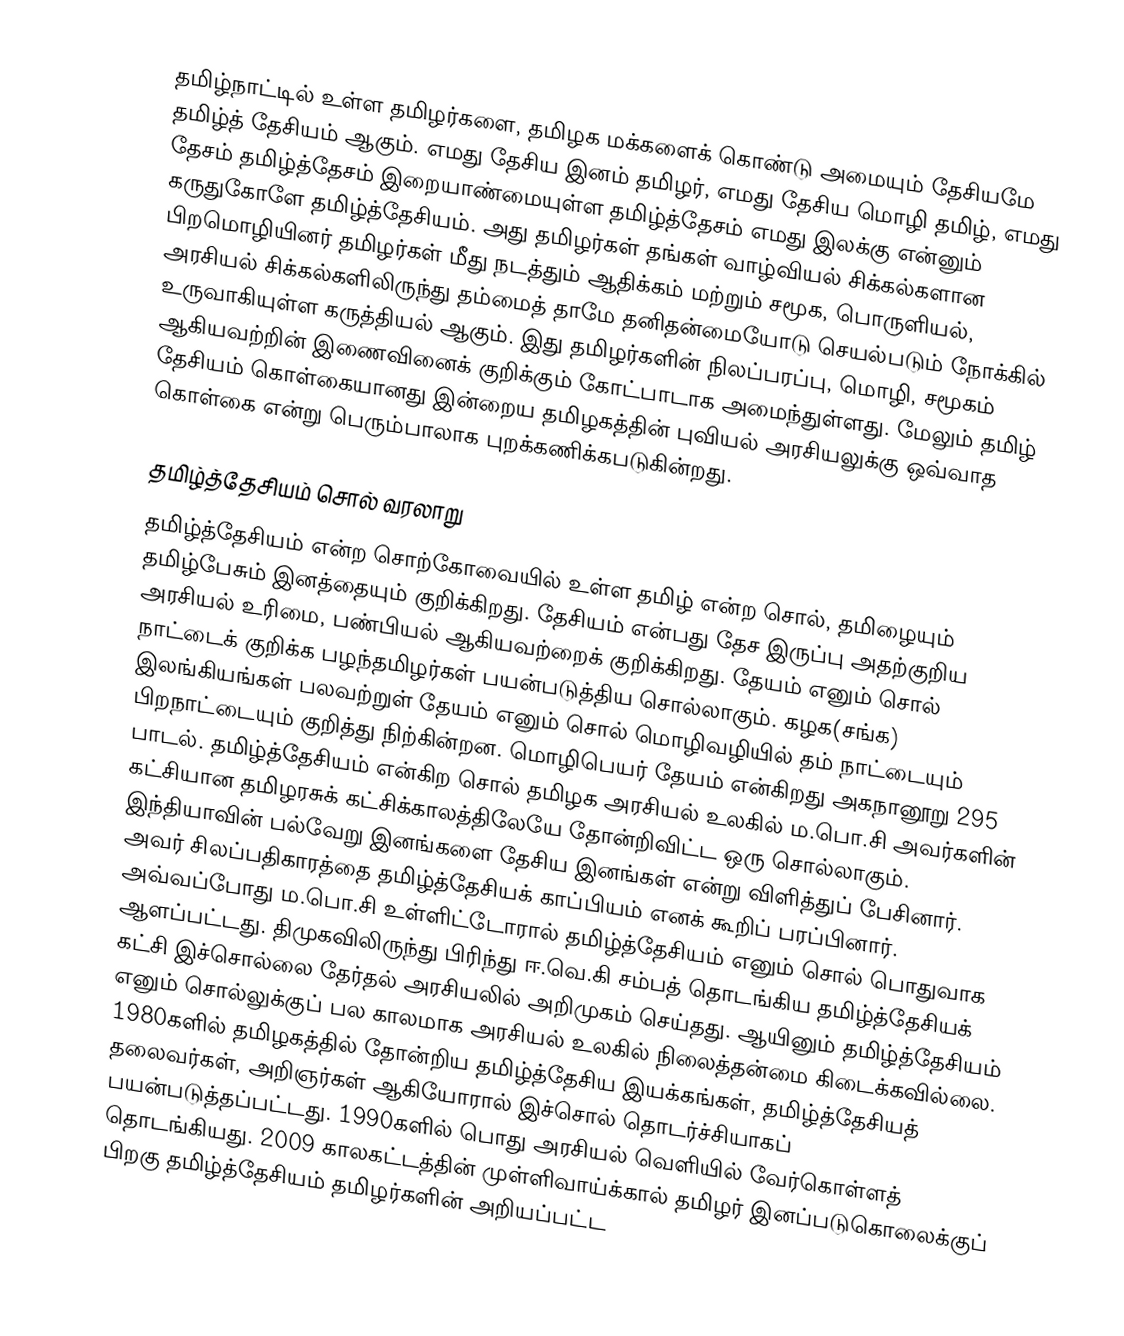
தமிழ்நாட்டில் உள்ள தமிழர்களை, தமிழக மக்களைக் கொண்டு அமையும் தேசியமே தமிழ்த் தேசியம் ஆகும்.  எமது தேசிய இனம் தமிழர், எமது தேசிய மொழி தமிழ், எமது தேசம் தமிழ்த்தேசம் இறையாண்மையுள்ள தமிழ்த்தேசம் எமது இலக்கு என்னும் கருதுகோளே தமிழ்த்தேசியம். அது தமிழர்கள் தங்கள் வாழ்வியல் சிக்கல்களான பிறமொழியினர் தமிழர்கள் மீது நடத்தும் ஆதிக்கம் மற்றும் சமூக, பொருளியல், அரசியல் சிக்கல்களிலிருந்து தம்மைத் தாமே தனிதன்மையோடு செயல்படும் நோக்கில் உருவாகியுள்ள கருத்தியல் ஆகும். இது தமிழர்களின் நிலப்பரப்பு, மொழி, சமூகம் ஆகியவற்றின் இணைவினைக் குறிக்கும் கோட்பாடாக அமைந்துள்ளது. மேலும் தமிழ் தேசியம் கொள்கையானது இன்றைய தமிழகத்தின் புவியல் அரசியலுக்கு ஒவ்வாத கொள்கை என்று பெரும்பாலாக புறக்கணிக்கபடுகின்றது.

தமிழ்த்தேசியம் சொல் வரலாறு
தமிழ்த்தேசியம் என்ற சொற்கோவையில் உள்ள தமிழ் என்ற சொல், தமிழையும் தமிழ்பேசும் இனத்தையும் குறிக்கிறது. தேசியம் என்பது தேச இருப்பு அதற்குறிய அரசியல் உரிமை, பண்பியல் ஆகியவற்றைக் குறிக்கிறது.  தேயம் எனும் சொல் நாட்டைக் குறிக்க பழந்தமிழர்கள் பயன்படுத்திய சொல்லாகும். கழக(சங்க) இலங்கியங்கள் பலவற்றுள் தேயம் எனும் சொல் மொழிவழியில் தம் நாட்டையும் பிறநாட்டையும் குறித்து நிற்கின்றன. மொழிபெயர் தேயம் என்கிறது அகநானூறு 295 பாடல். தமிழ்த்தேசியம் என்கிற சொல் தமிழக அரசியல் உலகில் ம.பொ.சி அவர்களின் கட்சியான தமிழரசுக் கட்சிக்காலத்திலேயே தோன்றிவிட்ட ஒரு சொல்லாகும்.  இந்தியாவின் பல்வேறு இனங்களை தேசிய இனங்கள் என்று விளித்துப் பேசினார். அவர் சிலப்பதிகாரத்தை தமிழ்த்தேசியக் காப்பியம் எனக் கூறிப் பரப்பினார். அவ்வப்போது ம.பொ.சி உள்ளிட்டோரால் தமிழ்த்தேசியம் எனும் சொல் பொதுவாக ஆளப்பட்டது. திமுகவிலிருந்து பிரிந்து ஈ.வெ.கி சம்பத் தொடங்கிய தமிழ்த்தேசியக் கட்சி இச்சொல்லை தேர்தல் அரசியலில் அறிமுகம் செய்தது.  ஆயினும்  தமிழ்த்தேசியம் எனும் சொல்லுக்குப் பல காலமாக அரசியல் உலகில் நிலைத்தன்மை  கிடைக்கவில்லை.   1980களில் தமிழகத்தில் தோன்றிய தமிழ்த்தேசிய இயக்கங்கள், தமிழ்த்தேசியத் தலைவர்கள்,  அறிஞர்கள் ஆகியோரால் இச்சொல் தொடர்ச்சியாகப் பயன்படுத்தப்பட்டது. 1990களில் பொது அரசியல் வெளியில் வேர்கொள்ளத் தொடங்கியது. 2009 காலகட்டத்தின் முள்ளிவாய்க்கால் தமிழர் இனப்படுகொலைக்குப் பிறகு தமிழ்த்தேசியம் தமிழர்களின் அறியப்பட்ட